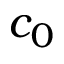
c _ { 0 }